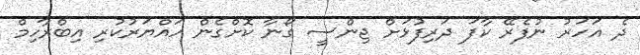
ދެ އަހަރު ނުފެރޭ ކާފަ ދަރިފުޅަށް ޖިންސީ ގޯނާ ކޮށްގެން ހައްޔަރުކުރި އިބްރާހިމް